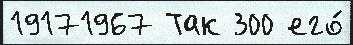
19171967 Так 300 его́